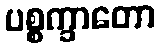
ပစ္စက္ခာတော